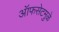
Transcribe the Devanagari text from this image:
ऑफसेटमुळे